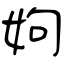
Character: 姁